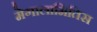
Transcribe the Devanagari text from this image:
मेगालामितिस